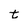
Character: t